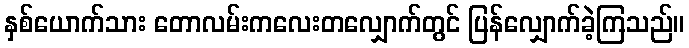
နှစ်ယောက်သား တောလမ်းကလေးတလျှောက်တွင် ပြန်လျှောက်ခဲ့ကြသည်။